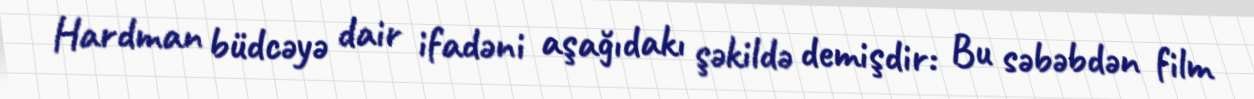
Hardman büdcəyə dair ifadəni aşağıdakı şəkildə demişdir: Bu səbəbdən film